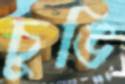
চুঙি